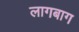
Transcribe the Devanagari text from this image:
लागबाग